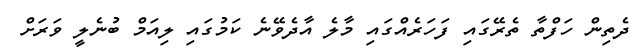
ދެތިން ހަފްތާ ތެރޭގައި ފަހަރެއްގައި މާލެ އާދެވޭނެ ކަމުގައި ލިއަމް ބުނެލީ ވަރަށް